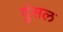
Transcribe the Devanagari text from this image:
दुंसल